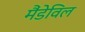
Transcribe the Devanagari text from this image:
मैंडेविल